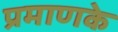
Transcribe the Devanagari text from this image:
प्रमाणके